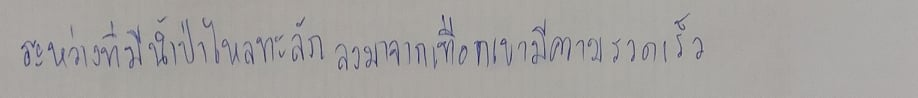
ระหว่างที่มีน้ำป่าไหลทะลักลงมาจากเทือกเขามีความรวดเร็ว